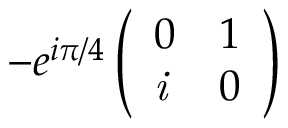
- e ^ { i \pi / 4 } \left( \begin{array} { l l } { 0 } & { 1 } \\ { \it { i } } & { 0 } \end{array} \right)